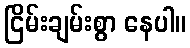
ငြိမ်းချမ်းစွာ နေပါ။